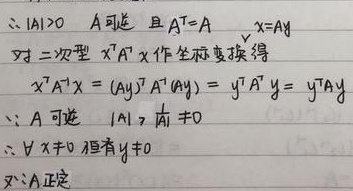
$\because |A|>0$，$A$可逆且$A^{T}=A$，$x = Ay$。对二次型$x^{T}A^{-1}x$作坐标变换得$x^{T}A^{-1}x=(Ay)^{T}A^{-1}(Ay)=y^{T}A^{T}y=y^{T}Ay$。
$\because A$可逆，$|A|\neq 0$，$\therefore \forall x\neq 0$，恒有$y\neq 0$。又$\because A$正定